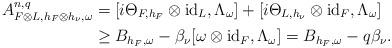
LaTeX: \begin{align*} A^{n,q}_{F\otimes L,h_F\otimes h_\nu,\omega}&=[i\Theta_{F,h_F}\otimes\mathrm{id}_L,\Lambda_\omega]+[i\Theta_{L,h_\nu}\otimes\mathrm{id}_F,\Lambda_\omega]\\ &\geq B_{h_F,\omega}-\beta_\nu[\omega\otimes\mathrm{id}_F,\Lambda_\omega]=B_{h_F,\omega}-q\beta_\nu. \end{align*}